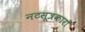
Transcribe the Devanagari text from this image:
नटसूत्रकारों